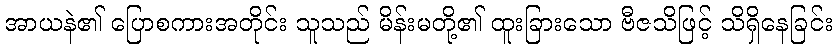
အာယနဲ၏ ပြောစကားအတိုင်း သူသည် မိန်းမတို့၏ ထူးခြားသော ဗီဇသိဖြင့် သိရှိနေခြင်း